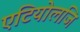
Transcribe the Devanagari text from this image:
एटियोलजि